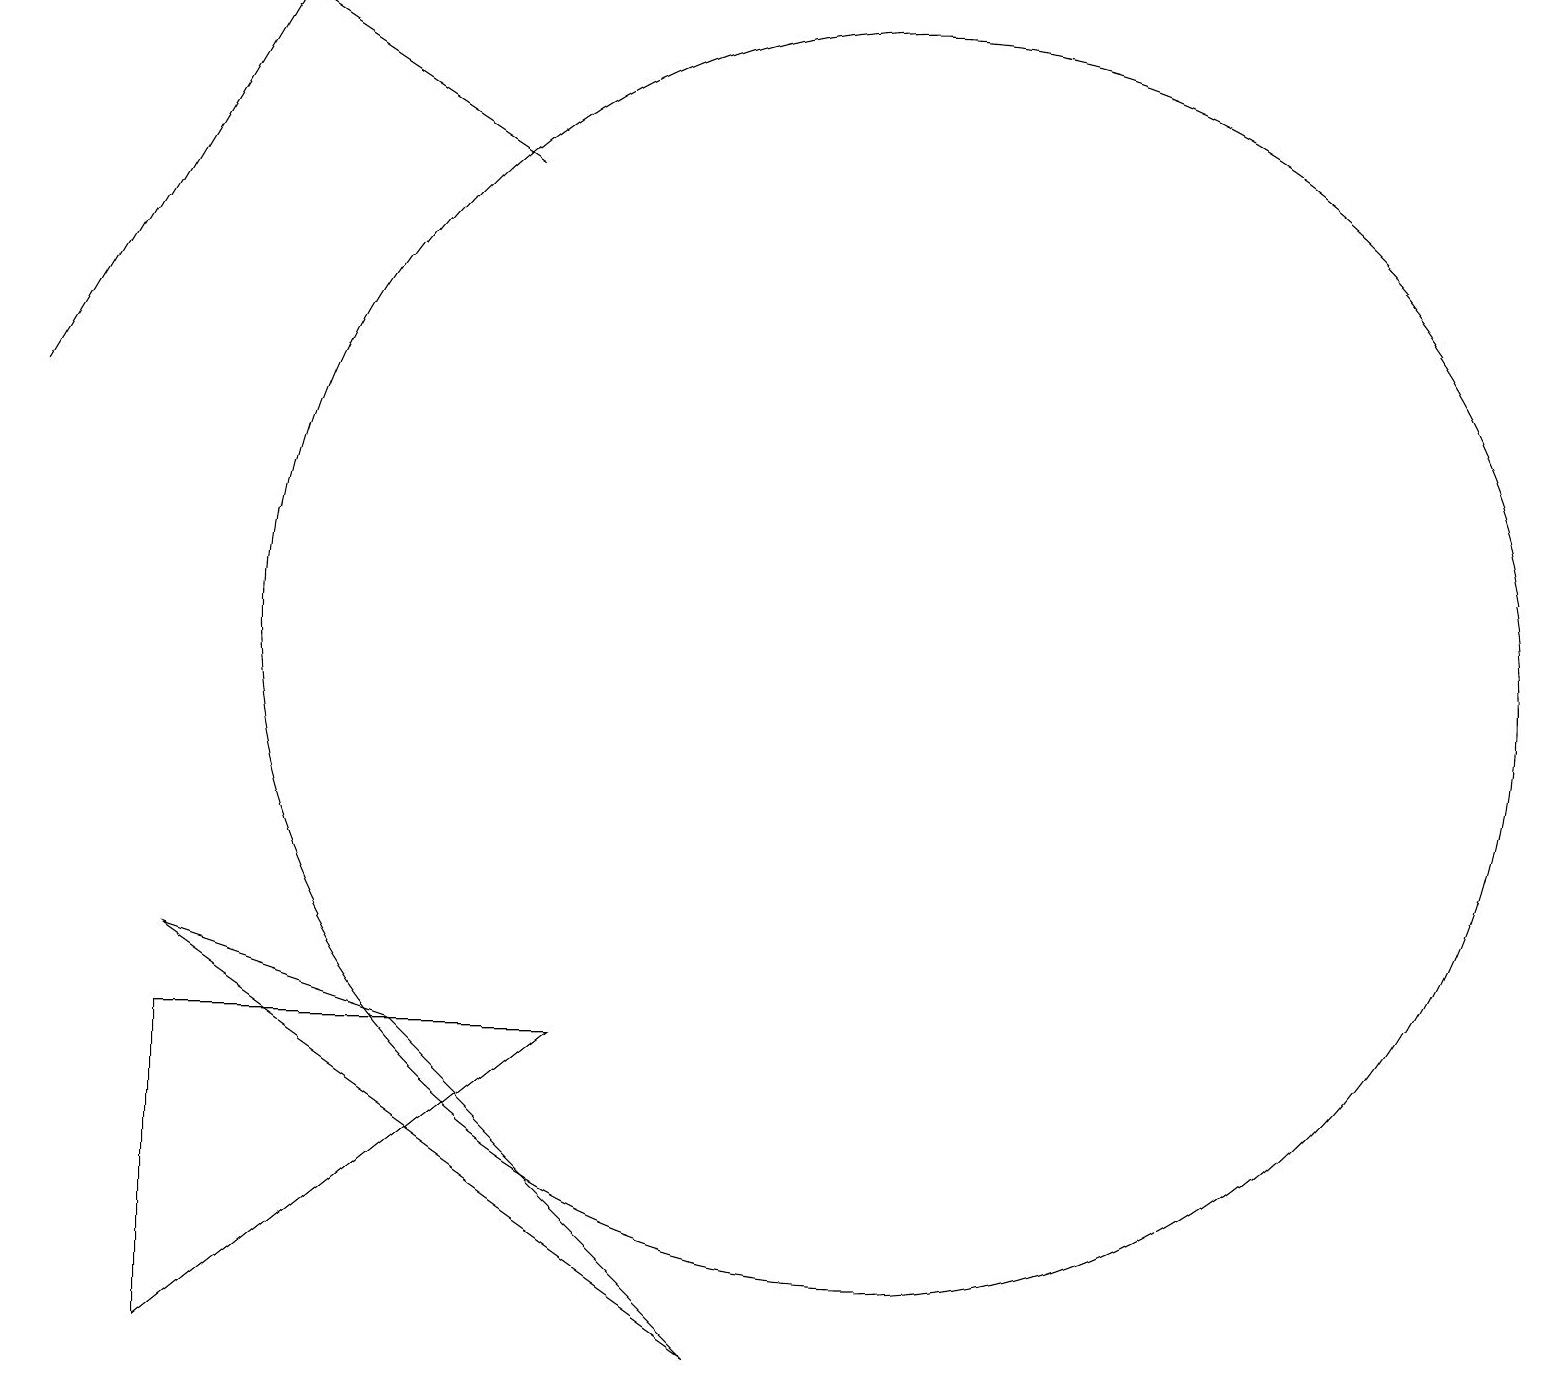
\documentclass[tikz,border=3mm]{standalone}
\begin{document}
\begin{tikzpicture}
\draw[->] (0,14) -- (3,19);
\draw[->] (6,17) -- (3,19);
\draw (7,6) -- (2,2) -- (2,6) -- cycle;
\draw (11,11) circle (8);
\draw (2,7) -- (9,2) -- (5,6) -- cycle;
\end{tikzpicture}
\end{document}